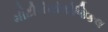
મીટીરીયોલોજિકલ